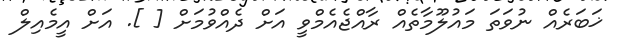
ޚަބަރެއް ނުވަތަ މައުލޫމާތެއް ރާއްޖެއެމްވީ އަށް ދެއްވުމަށް [ ]. އަށް އީމެއިލް